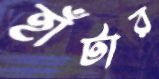
হাঁটার